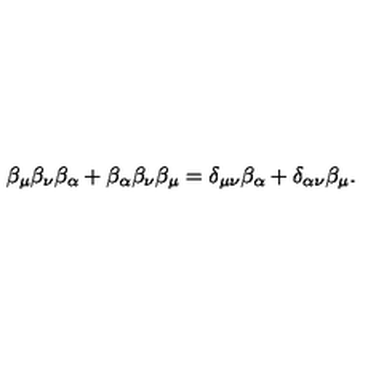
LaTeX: \beta _ { \mu } \beta _ { \nu } \beta _ { \alpha } + \beta _ { \alpha } \beta _ { \nu } \beta _ { \mu } = \delta _ { \mu \nu } \beta _ { \alpha } + \delta _ { \alpha \nu } \beta _ { \mu } .